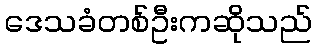
ဒေသခံတစ်ဦးကဆိုသည်